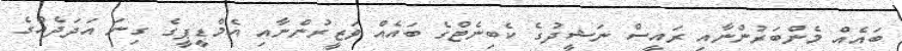
ބައެއް މެންބަރުންނާއި ރައީސް ނަޝީދުގެ ކެބިނެޓްގެ ބައެއް ވަޒީރުންނާއި އެމްޑީޕީގެ ގިނަ އަދަދެއްގެ